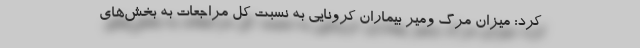
کرد: میزان مرگ ومیر بیماران کرونایی به نسبت کل مراجعات به بخش‌های